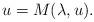
LaTeX: \begin{align*}u=M(\lambda, u).\end{align*}